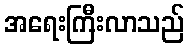
အရေးကြီးလာသည်